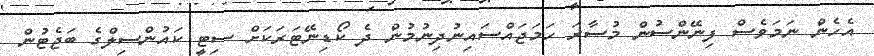
އެހެން ނަމަވެސް ފިނޭންސުން މުސާރަ ހަމަޖައްސައިނުދިނުމުން ދެ ކޯޑިނޭޓަރަކަށް ސިޓީ ކައުންސިލްގެ ބަޖެޓުން